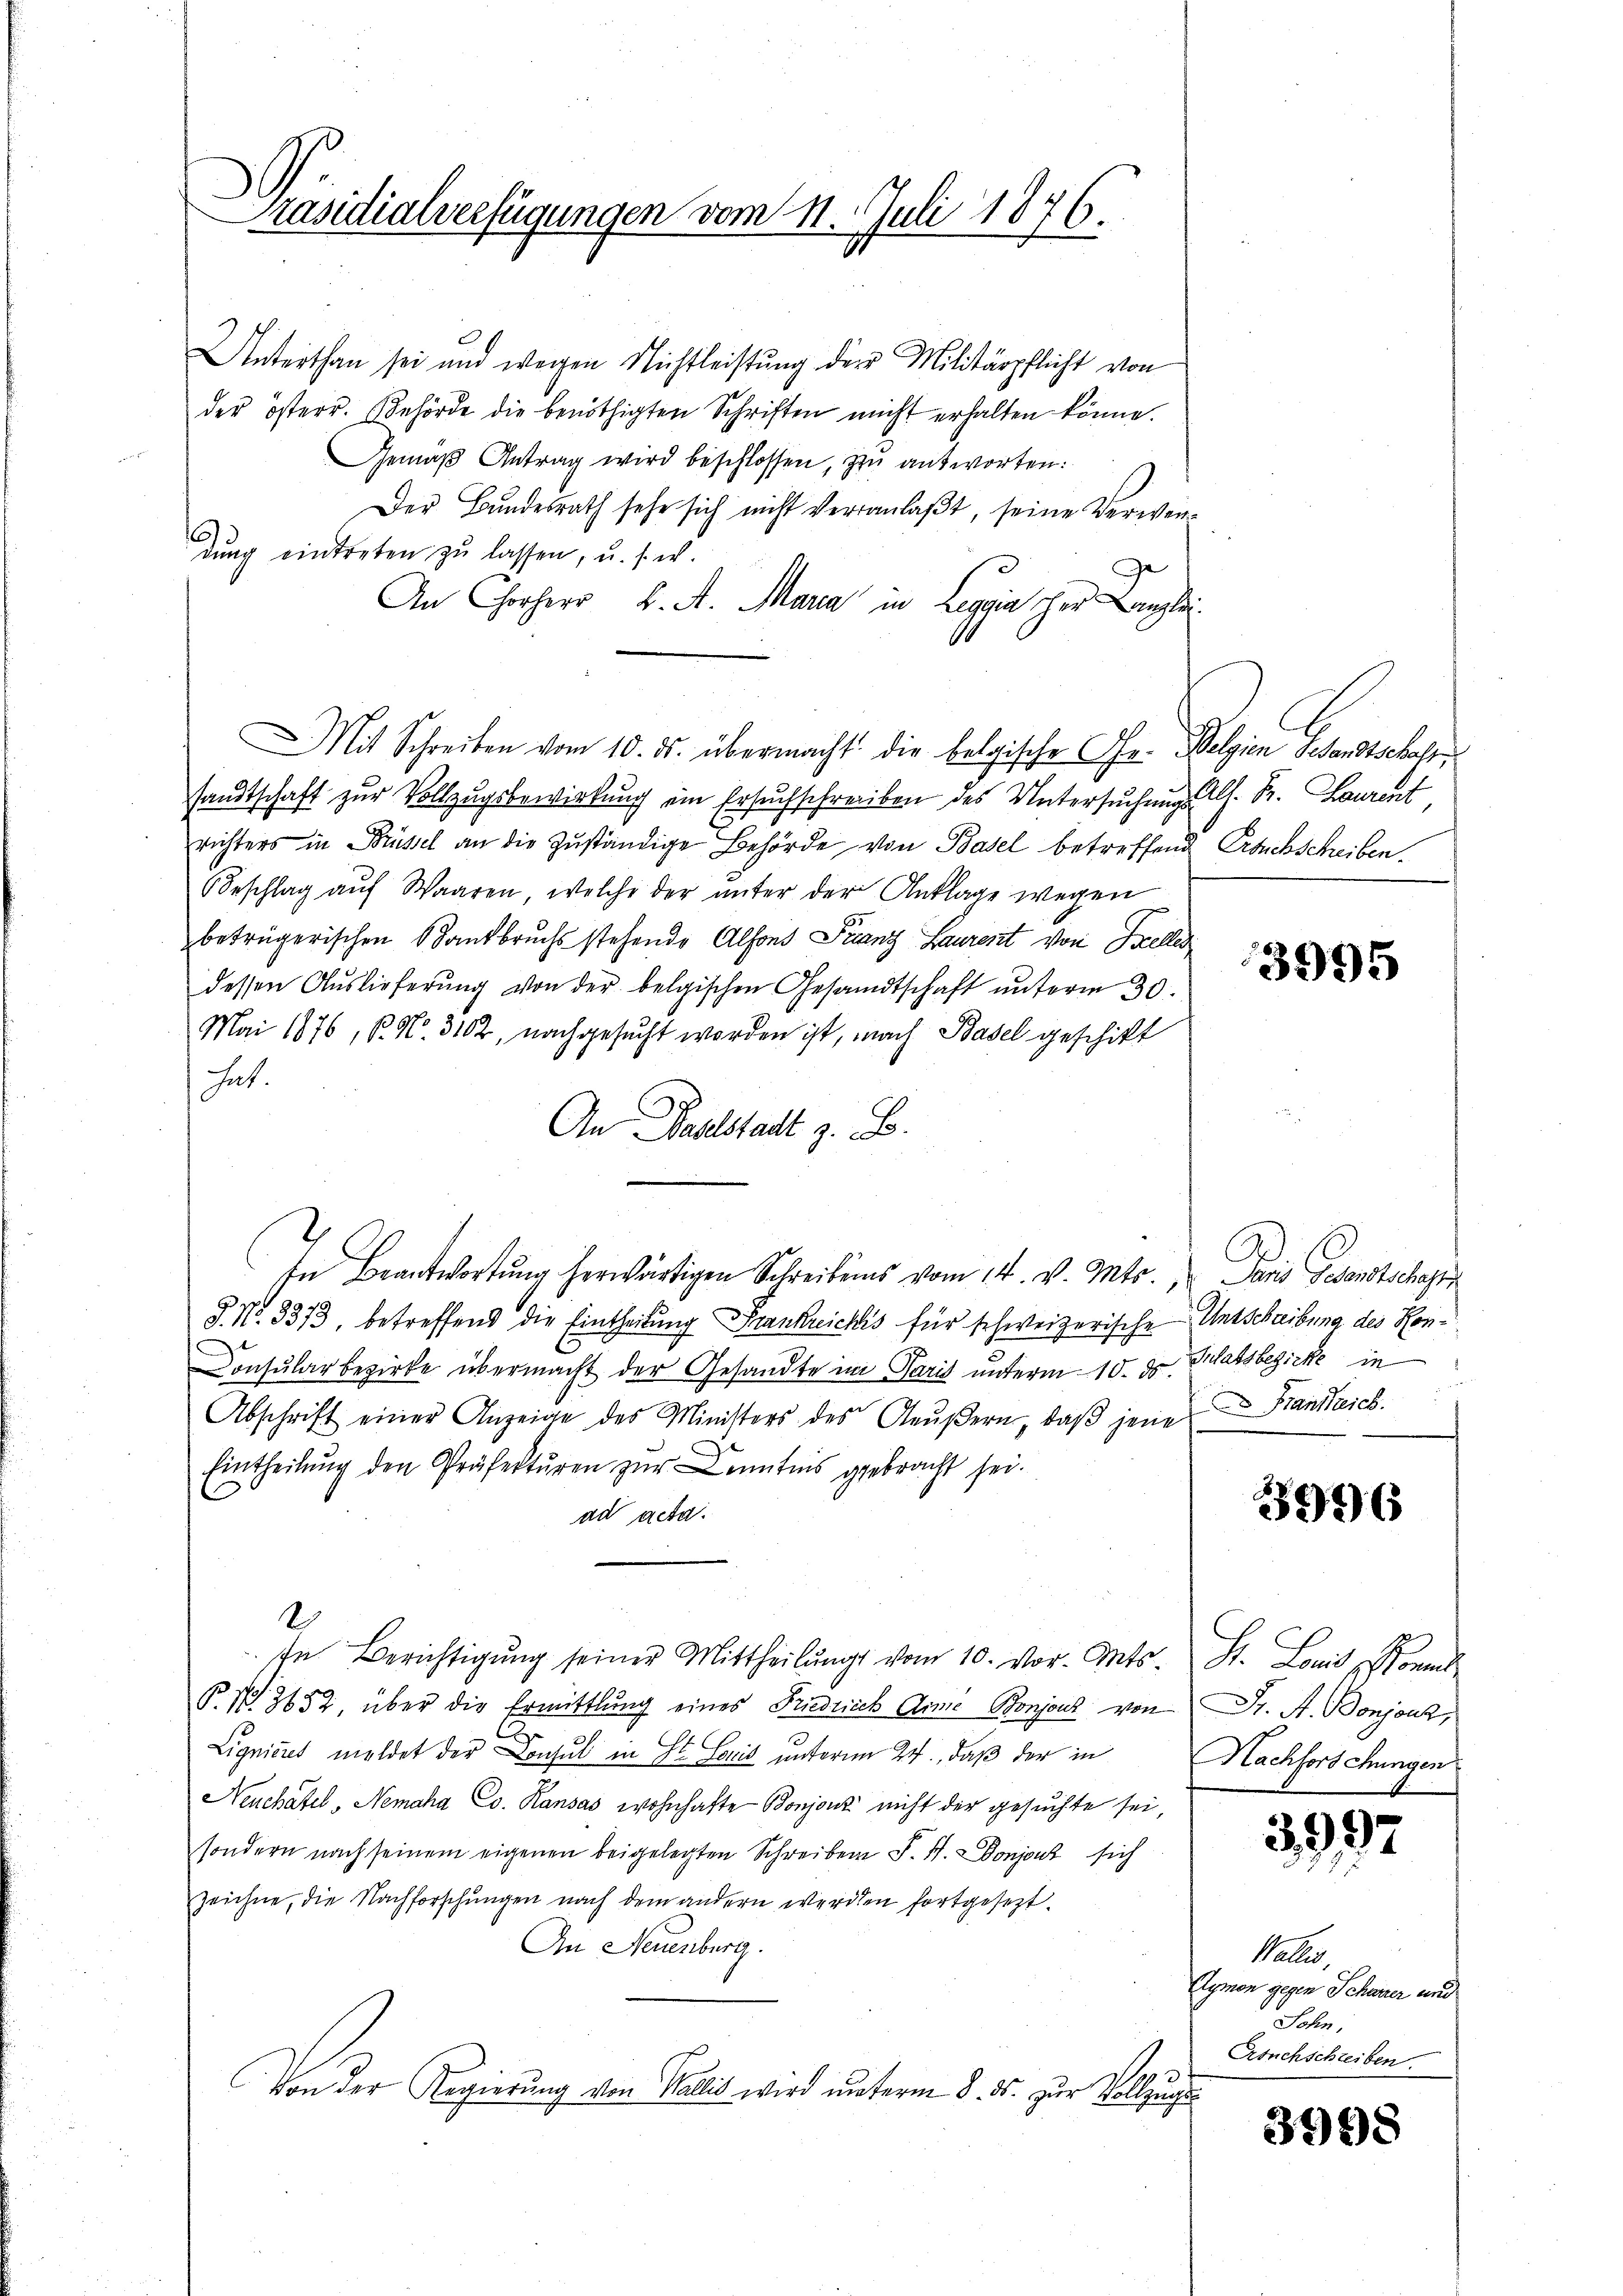
Präsidialverfügungen vom 11. Juli 1876.

Unterthan sei und wegen Nichtleistung der Militärpflicht von
der österr. Behörde die benöthigten Schriften nicht erhalten könne.
Gemäβ Antrag wird beschlossen, zu antworten:
Der Bundesrath sehe sich nicht veranlaßt, seine Verwendung eintreten zu lassen, u. s. w.
An Chorherr K. A. Maria in Leggia her Kanzlei.
Mit Schreiben vom 10. ds. übermacht die belgische Chr. Belgien Gesandtschehe
sandtschaft zŭr Vollzŭgsbewirkŭng ein Ersuchschreiben des Untersŭchŭng als. Fr. Laurent
richters in Brüssel an die Zŭständige Behörde von Basel betreffend Ersuchscheiben.
Beschlag aŭf Waaren, welche der ŭnter der Anklage wegen
betrügerischen Sandbruchs stehende Alfons Franz Laurent von Seelles
dessen Aŭslieferŭng von der belgischen Gesandtschaft ŭnterm 30.
Mai 1876, P. Nr. 3102, nachgesucht worden ist, nach Basel geschikt
hat.
An Baselstadt z. B.
In Beantwortŭng herwärtigen Schreibens vom 14. v. Mts., Paris Gesandtschaft
§. No. 3373, betreffend die Eintheilung Frankreichis für schweizerische Entschreibung des Hon¬
Consular bezirke übermacht der Gesandte im Paris unterm 10. ds. Glatsbezirke in
Abschrift einer Anzeige des Ministers des Aeußern, daß jene
Eintheilŭng den Präfektŭren zŭr Kenntnis gebracht sei.
ad acta.
2
In Berichtigŭng seiner Mittheilŭngs vom 10. vor. Mts. St. Louis Sonnt
P. V. 3652, über die Ermittlung eines Friedricck Arme Bonjon von Fr. A. Bonjanz,
Lignicus meldet der Consul in St. Louis unterm 24., daß der in
Neuchâtel, Nemaha Co. Kansas wohnhafte Bonjonz nicht der gesuchte sei,
sondern nach seinem eigenen beigelegten Schreiben S. H. Donjout sich
zeichne, die Nachforschungen nach dem andern werden fortgesezt.
An Neuenburg.
Von der Regierung von Wallis wird unterm 8. ds. zur Vollzuge

3995

Frankreich.

3996

Nachforschungen

3997

Paler.
Aymon gegen Scheurer und
Sohn,
Ersuchschreiben.

3998